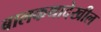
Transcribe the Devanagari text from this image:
बालकथादेखील